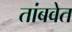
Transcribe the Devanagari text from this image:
तांबवेत